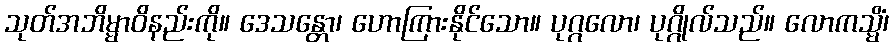
သုတ်အဘိမ္မာဝိနည်းကို။ ဒေသန္တော၊ ဟောကြားနိုင်သော။ ပုဂ္ဂလော၊ ပုဂ္ဂိုလ်သည်။ လောကသ္မိံ၊